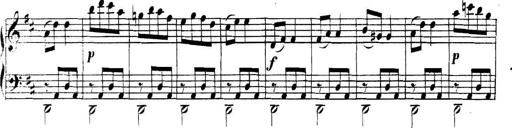
Title: Collected Piano Sonatas
Composer: Muzio Clementi